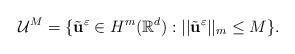
LaTeX: \begin{align*}\mathcal{U}^{M}=\{\tilde{\textbf{u}}^{\varepsilon} \in H^{m}(\mathbb{R}^{d}) : ||\tilde{\textbf{u}}^{\varepsilon}||_{m} \le M \}.\end{align*}